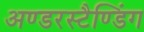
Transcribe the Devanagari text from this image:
अण्डरस्टैण्डिंग